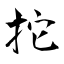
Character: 拕